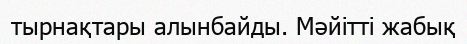
тырнақтары алынбайды. Мәйітті жабық